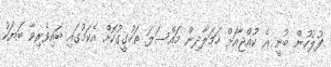
ފުލުހުން ބުނީ އެ ކުއްޖާއަށް ހަމަލާދިން މައްސަލަ ތަހުގީގުކޮށް އެކަމުގައި ބައިވެރިވާ ބަޔަކު